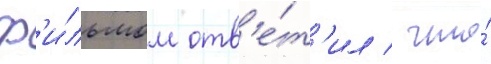
ф'и́льмом отв'е́т'ил / что́